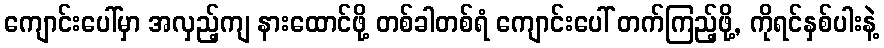
ကျောင်းပေါ်မှာ အလှည့်ကျ နားထောင်ဖို့ တစ်ခါတစ်ရံ ကျောင်းပေါ် တက်ကြည့်ဖို့, ကိုရင်နှစ်ပါးနဲ့